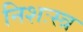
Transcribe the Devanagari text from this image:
निशःस्त्र